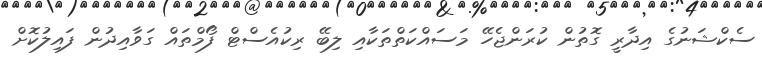
ސެކްޝަނުގެ އިދާރީ ގޮތުން ކުރަންޖެހޭ މަސައްކަތްތަކާއި ލިބޭ ރިކުއެސްޓް ފޯމްތައް ގަވާއިދުން ފައިލުކޮށް